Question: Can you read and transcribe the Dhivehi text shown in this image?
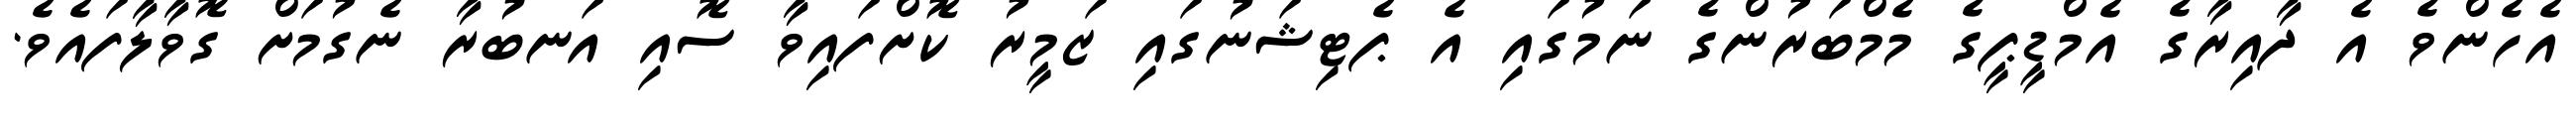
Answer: އެހެންވެ އެ ދާއިރާގެ އެމްޑީޕީގެ މެމްބަރުންގެ ނަމުގައި އެ ޕެޓިޝަނުގައި ޒަމީރު ކޮށްފައިވާ ސޮއި އަނބުރާ ނެގުމަށް ގޮވާލާފައެވެ.